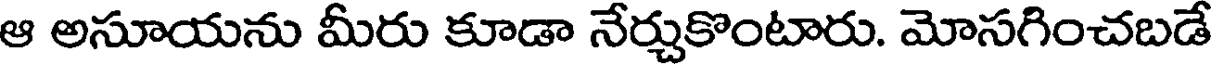
ఆ అసూయను మీరు కూడా నేర్చుకొంటారు. మోసగించబడే